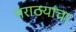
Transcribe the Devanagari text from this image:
मराठयांचा